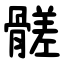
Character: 髊